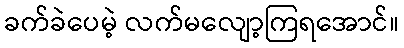
ခက်ခဲပေမဲ့ လက်မလျော့ကြရအောင်။